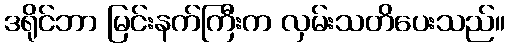
ဒရိုင်ဘာ မြင်းနက်ကြီးက လှမ်းသတိပေးသည်။